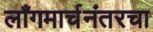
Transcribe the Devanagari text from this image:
लाँगमार्चनंतरचा